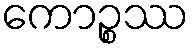
ကောဉ္စဿ